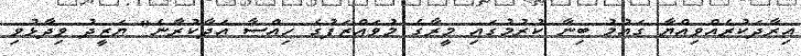
އިރާދަކުރެއްވިއްޔާ ގައުމު ބިނާ ކުރުމުގައި މީރާގެ މުވައްޒަފުގެ ހިއްސާ އަދާކުރާނެ" ޔަޒީދު ވިދާޅުވި